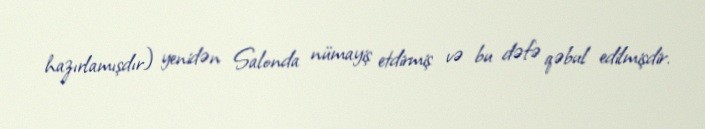
hazırlamışdır) yenidən Salonda nümayiş etdirmiş və bu dəfə qəbul edilmişdir.